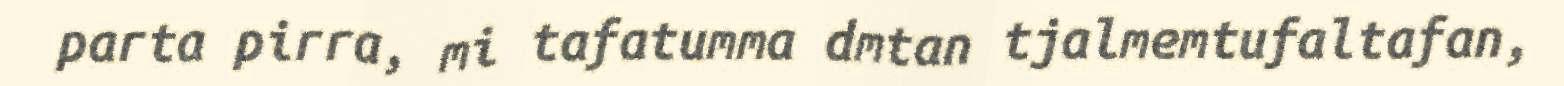
parta pirra, mi tafatumma dmtan tjalmemtufaltafan,